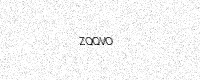
Text: ZQQVO